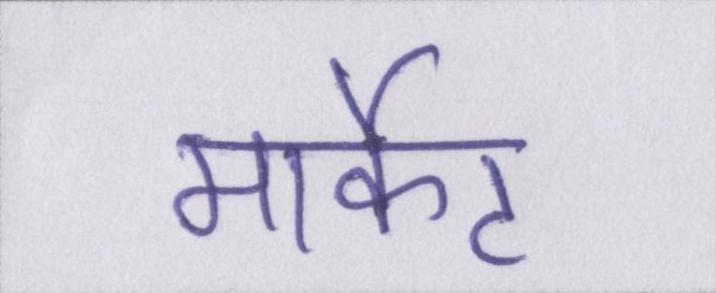
मार्केट